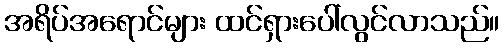
အရိပ်အရောင်များ ထင်ရှားပေါ်လွင်လာသည်။